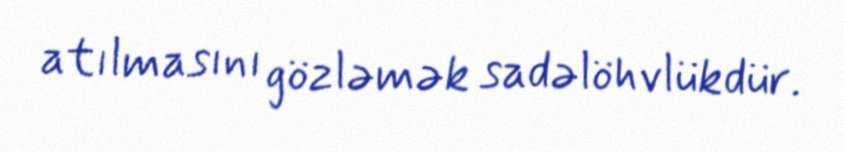
atılmasını gözləmək sadəlöhvlükdür.